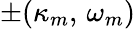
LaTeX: \pm(\kappa_{m},\, \omega_{m})